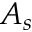
A _ { s }